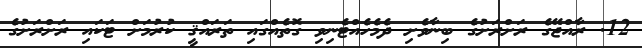
12. ރާއްޖޭގެ ރަށްރަށުގެ ބިނާވެށި ދެމެހެއްޓެނިވި ގޮތެއްގައި ތަރައްޤީ ކުރުމަށް ޓަކައި ރަށްރަށުގެ